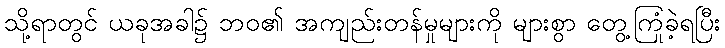
သို့ရာတွင် ယခုအခါ၌ ဘဝ၏ အကျည်းတန်မှုများကို များစွာ တွေ့ကြုံခဲ့ရပြီး